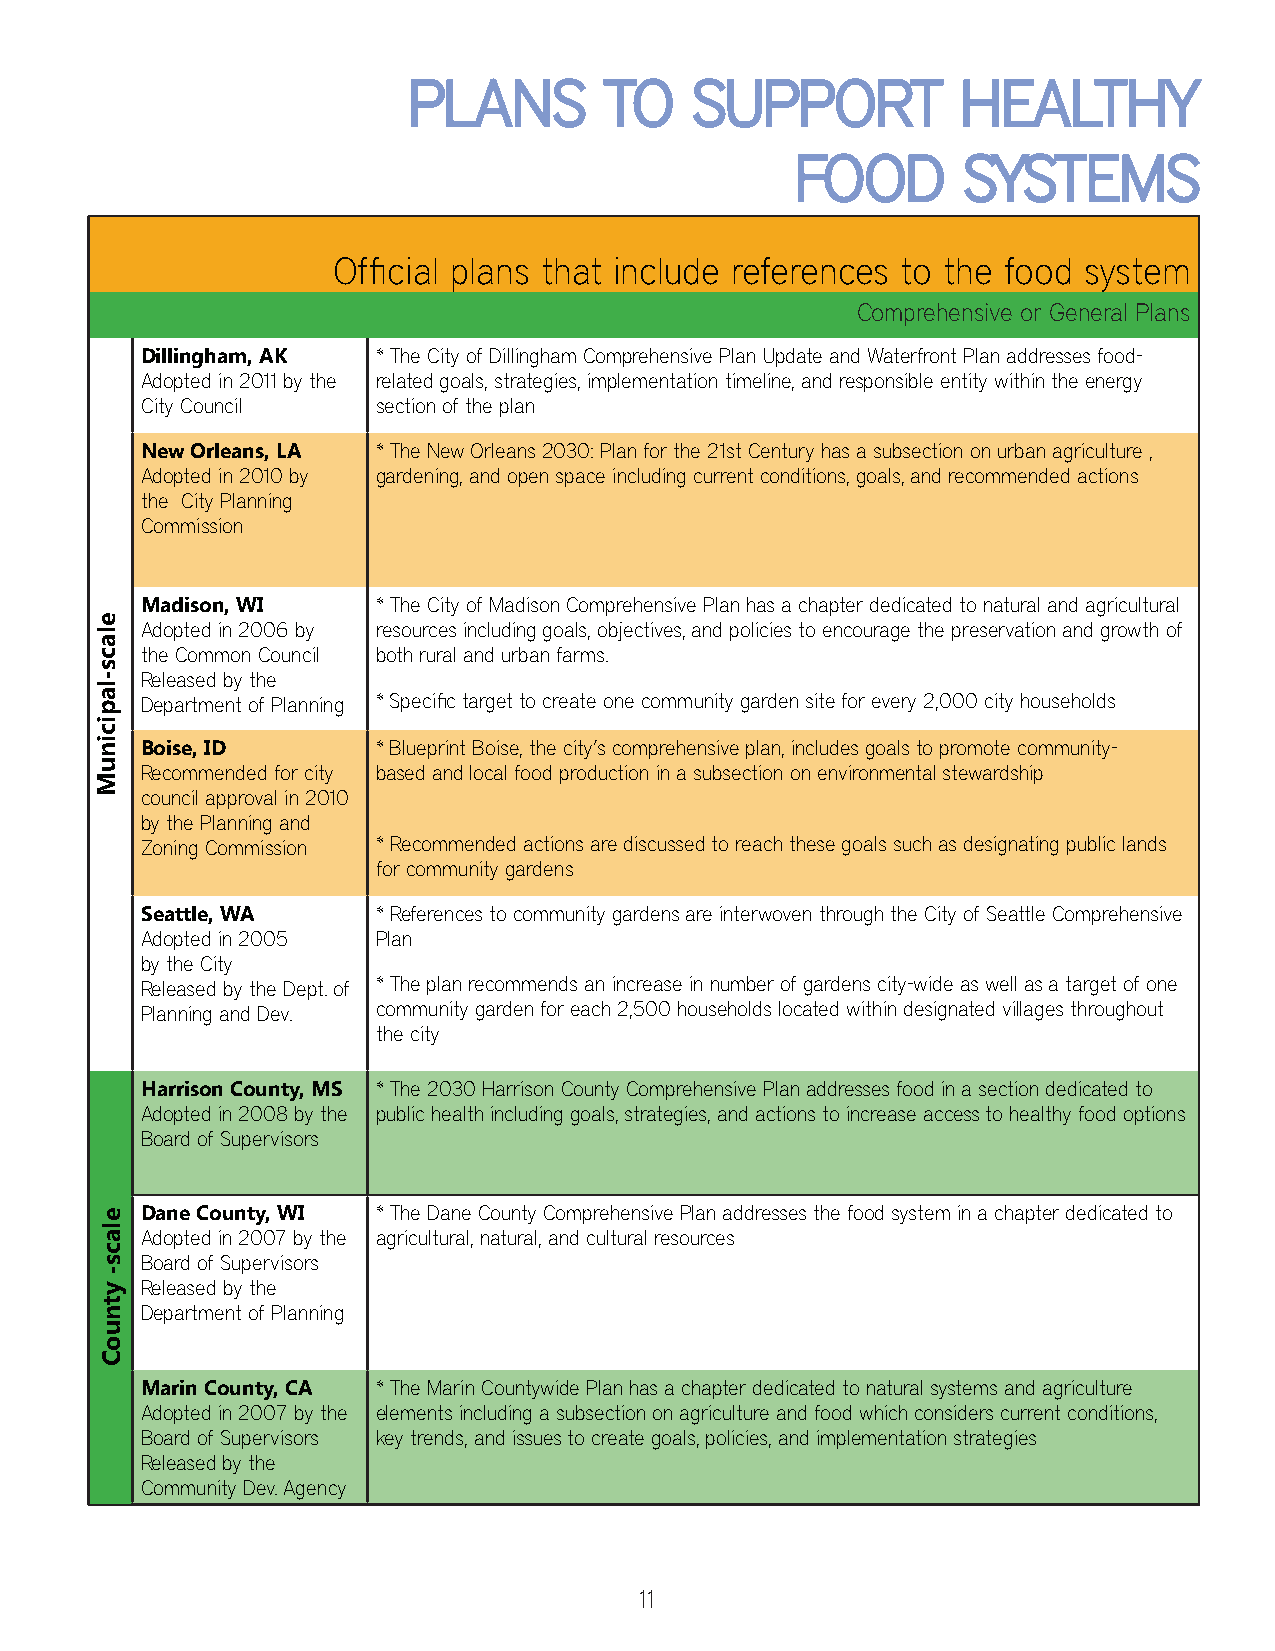
PPLLAANNSS   TTOO  SSUUPPPPOORRTT    HHEEAALLTTHHYY
 FFOOOODD   SSYYSSTTEEMMSS
 Offi cial plans that include references to the food system
 Comprehensive or General Plans
 Dillingham, AK  * The City of Dillingham Comprehensive Plan Update and Waterfront Plan addresses food-
 Adopted in 2011 by the related goals, strategies, implementation timeline, and responsible entity within the energy
 City Council    section of the plan
 New Orleans, LA * The New Orleans 2030: Plan for the 21st Century has a subsection on urban agriculture ,
 Adopted in 2010 by gardening, and open space including current conditions, goals, and recommended actions
 the City Planning
 Commission
 Madison, WI     * The City of Madison Comprehensive Plan has a chapter dedicated to natural and agricultural
 Adopted in 2006 by resources including goals, objectives, and policies to encourage the preservation and growth of
 the Common Council both rural and urban farms.
 Released by the
 Department of Planning * Specifi c target to create one community garden site for every 2,000 city households
 Boise, ID       * Blueprint Boise, the city’s comprehensive plan, includes goals to promote community-
 Recommended for city based and local food production in a subsection on environmental stewardship
 council approval in 2010
 by the Planning and
 Zoning Commission * Recommended actions are discussed to reach these goals such as designating public lands
 for community gardens
 Seattle, WA     * References to community gardens are interwoven through the City of Seattle Comprehensive
 Adopted in 2005 Plan
 by the City
 Released by the Dept. of * The plan recommends an increase in number of gardens city-wide as well as a target of one
 Planning and Dev. community garden for each 2,500 households located within designated villages throughout
 the city
 Harrison County, MS * The 2030 Harrison County Comprehensive Plan addresses food in a section dedicated to
 Adopted in 2008 by the public health including goals, strategies, and actions to increase access to healthy food options
 Board of Supervisors
 Dane County, WI * The Dane County Comprehensive Plan addresses the food system in a chapter dedicated to
 Adopted in 2007 by the agricultural, natural, and cultural resources
 Board of Supervisors
 Released by the
 Department of Planning
 Marin County, CA * The Marin Countywide Plan has a chapter dedicated to natural systems and agriculture
 Adopted in 2007 by the elements including a subsection on agriculture and food which considers current conditions,
 Board of Supervisors key trends, and issues to create goals, policies, and implementation strategies
 Released by the
 Community Dev. Agency
 11
 elacs-lapicinuM
 elacs-
 ytnuoC